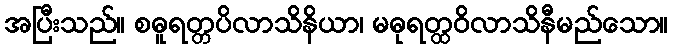
အပြီးသည်။ စဓူရတ္တပိလာသိနိယာ၊ မဓုရတ္ထဝိလာသိနီမည်သော။